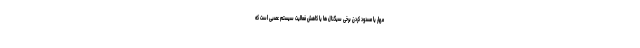
مهار یا مسدود کردن برخی سیگنال ها یا کاهش فعالیت سیستم عصبی است که